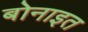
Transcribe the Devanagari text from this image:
बोनाइत